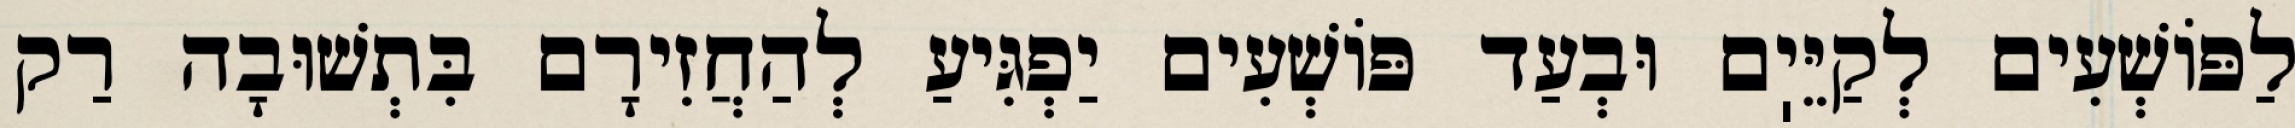
לַפּוֹשְׁעִים לְקַיֵּיֽם וּבְעַד פּוֹשְׁעִים יַפְגִּיעַ לְהַחֲזִירָם בִּתְשׁוּבָה רַק